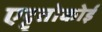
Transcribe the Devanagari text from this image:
एट्टूतोकोई